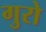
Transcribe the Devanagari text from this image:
गुरो